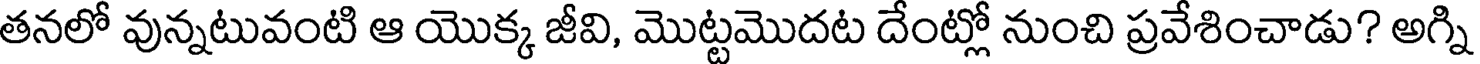
తనలో వున్నటువంటి ఆ యొక్క జీవి, మొట్టమొదట దేంట్లో నుంచి ప్రవేశించాడు? అగ్ని